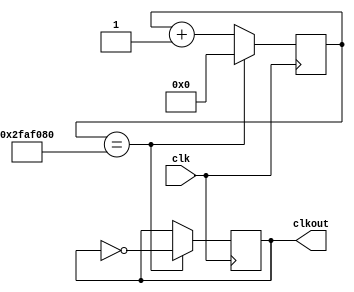
`timescale 1ns / 1ps
//////////////////////////////////////////////////////////////////////////////////
// Company: 
// Engineer: 
// 
// Design Name: 
// Module Name: divider_1Hz
// Project Name: 
// Target Devices: 
// Tool Versions: 
// Description: 
// 
// Dependencies: 
// 
// Revision:
// Revision 0.01 - File Created
// Additional Comments:
// 
//////////////////////////////////////////////////////////////////////////////////


module divider_1Hz(clk,clkout);
input clk;
output clkout;


wire clk;
reg clkout;
reg [25:0] count;


always @(posedge clk) //Sensitivity list depends on clk
begin

   if(count == 50000000)    //count 50 miilion
   begin 
      count <= 0;
      clkout <= ~clkout; //toggles every 50 million
   end
      
   else
   begin
   count <= count + 1;       //otherwise keep counting... :(
   end
   
   
end
endmodule